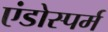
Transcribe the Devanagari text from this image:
एंडोस्पर्म